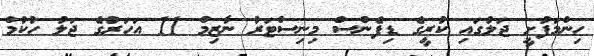
ހިންމަފުށީ ޖަލުގައި ކުރީގެ ޑިފެންސް މިނިސްޓަރު ނާޒިމް 11 އަހަރުގެ ޖަލު ހުކުމް